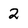
Character: 2